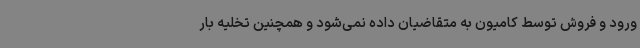
ورود و فروش توسط کامیون به متقاضیان داده نمی‌شود و همچنین تخلیه بار